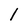
Character: 1